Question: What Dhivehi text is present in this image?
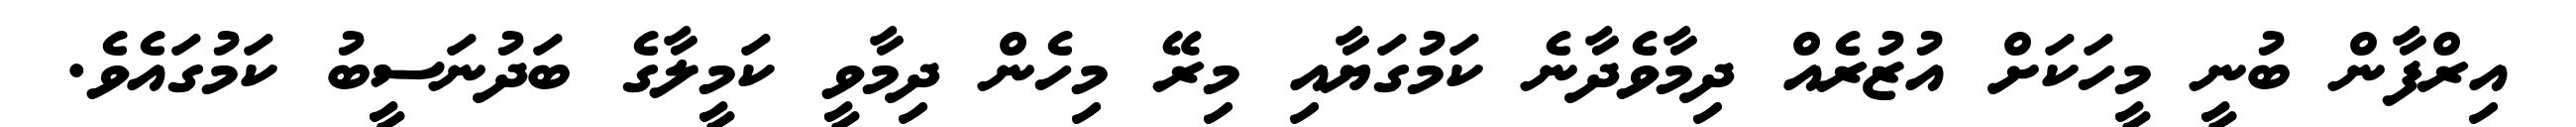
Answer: އިރްފާން ބުނީ މީހަކަށް އުޒުރެއް ދިމާވެދާނެ ކަމުގަޔާއި މިރޭ މިހެން ދިމާވީ ކަމީލާގެ ބަދުނަސީބު ކަމުގައެވެ.